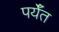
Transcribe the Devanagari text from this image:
पर्यँत